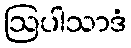
ဩပါသာဒံ